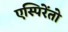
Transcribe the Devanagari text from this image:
एस्पिरेंतो